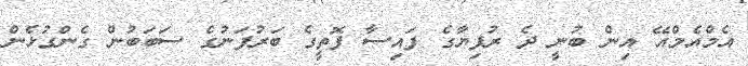
އެމްއެމްއޭ އިން ބުނީ ދެ ރުފިޔާގެ ފައިސާ ފޮތީގެ ބަރުފަނުގެ ސަބަބުން ގެންގުޅެން